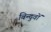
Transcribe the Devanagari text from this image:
बिन्दुवों